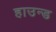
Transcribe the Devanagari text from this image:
हाउन्ड